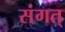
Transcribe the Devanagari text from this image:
संगत्